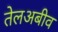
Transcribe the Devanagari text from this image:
तेलअबीव